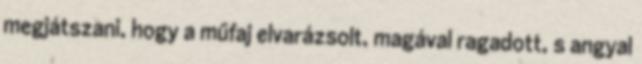
megjátszani, hogy a műfaj elvarázsolt, magával ragadott, s angyal